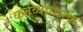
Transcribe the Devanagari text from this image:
कर्तव्याधारक